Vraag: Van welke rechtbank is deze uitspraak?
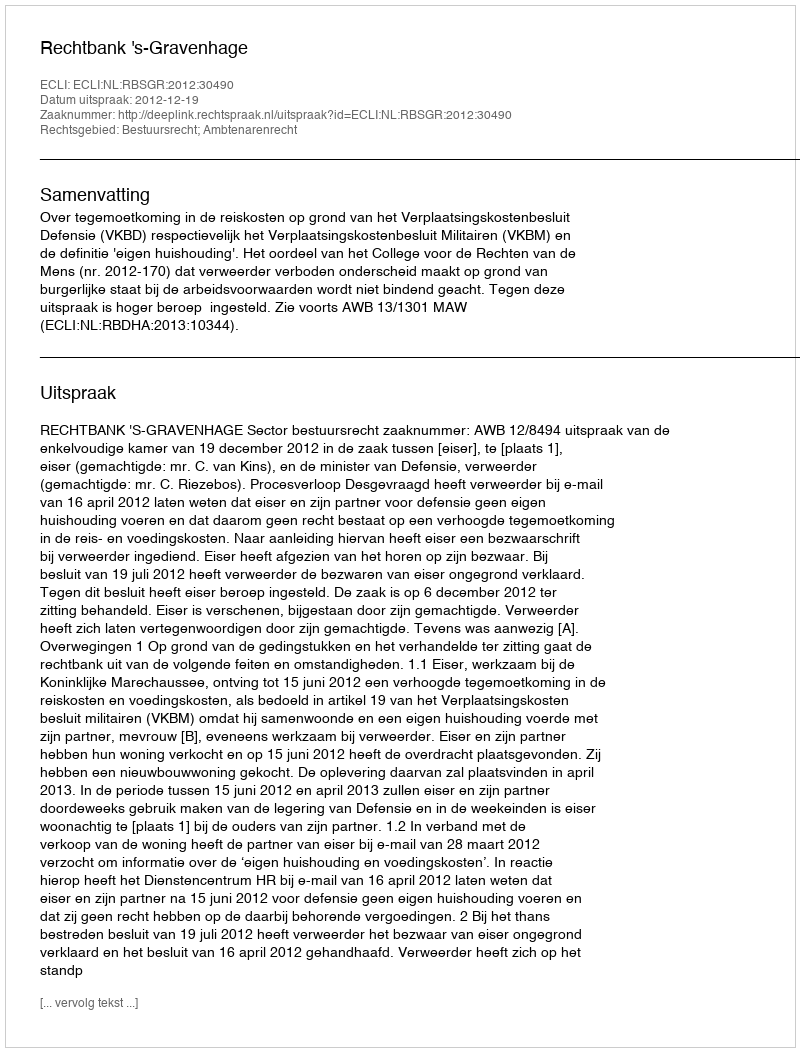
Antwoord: Rechtbank 's-Gravenhage